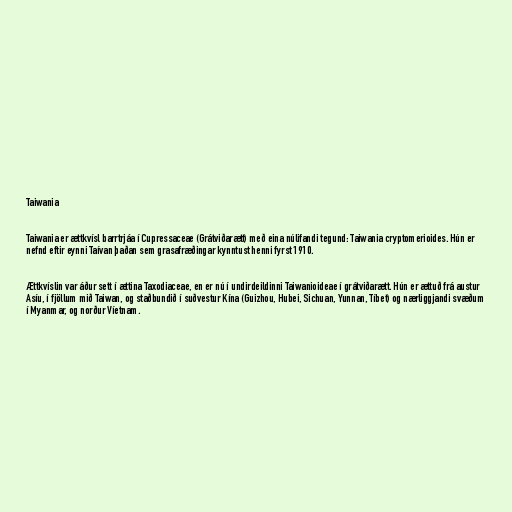
Taiwania

Taiwania er ættkvísl barrtrjáa í Cupressaceae (Grátviðarætt) með eina núlifandi tegund: Taiwania cryptomerioides. Hún er
nefnd eftir eynni Taívan þaðan sem grasafræðingar kynntust henni fyrst 1910.

Ættkvíslin var áður sett í ættina Taxodiaceae, en er nú í undirdeildinni Taiwanioideae í grátviðarætt. Hún er ættuð frá austur
Asíu, í fjöllum mið Taiwan, og staðbundið í suðvestur Kína (Guizhou, Hubei, Sichuan, Yunnan, Tíbet) og nærliggjandi svæðum
í Myanmar, og norður Víetnam.